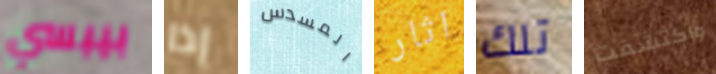
بيبسي إذا المسدس اثار تلك واكتشفت